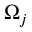
\Omega _ { j }